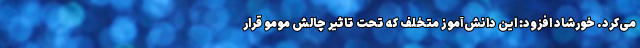
می‌کرد. خورشاد افزود: این دانش‌آموز متخلف که تحت تاثیر چالش مومو قرار